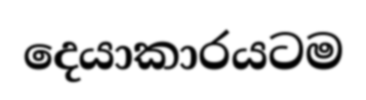
දෙයාකාරයටම